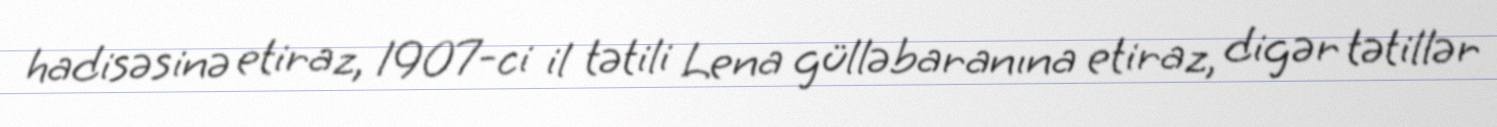
hadisəsinə etiraz, 1907-ci il tətili Lena gülləbaranına etiraz, digər tətillər